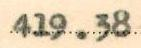
419.38